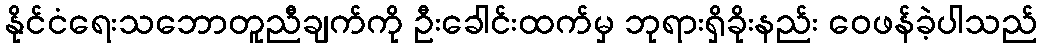
နိုင်ငံရေးသဘောတူညီချက်ကို ဦးခေါင်းထက်မှ ဘုရားရှိခိုးနည်း ဝေဖန်ခဲ့ပါသည်